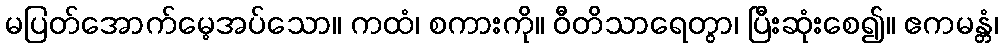
မပြတ်အောက်မေ့အပ်သော။ ကထံ၊ စကားကို။ ဝီတိသာရေတွာ၊ ပြီးဆုံးစေ၍။ ဧကမန္တံ၊